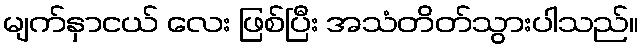
မျက်နှာငယ် လေး ဖြစ်ပြီး အသံတိတ်သွားပါသည်။